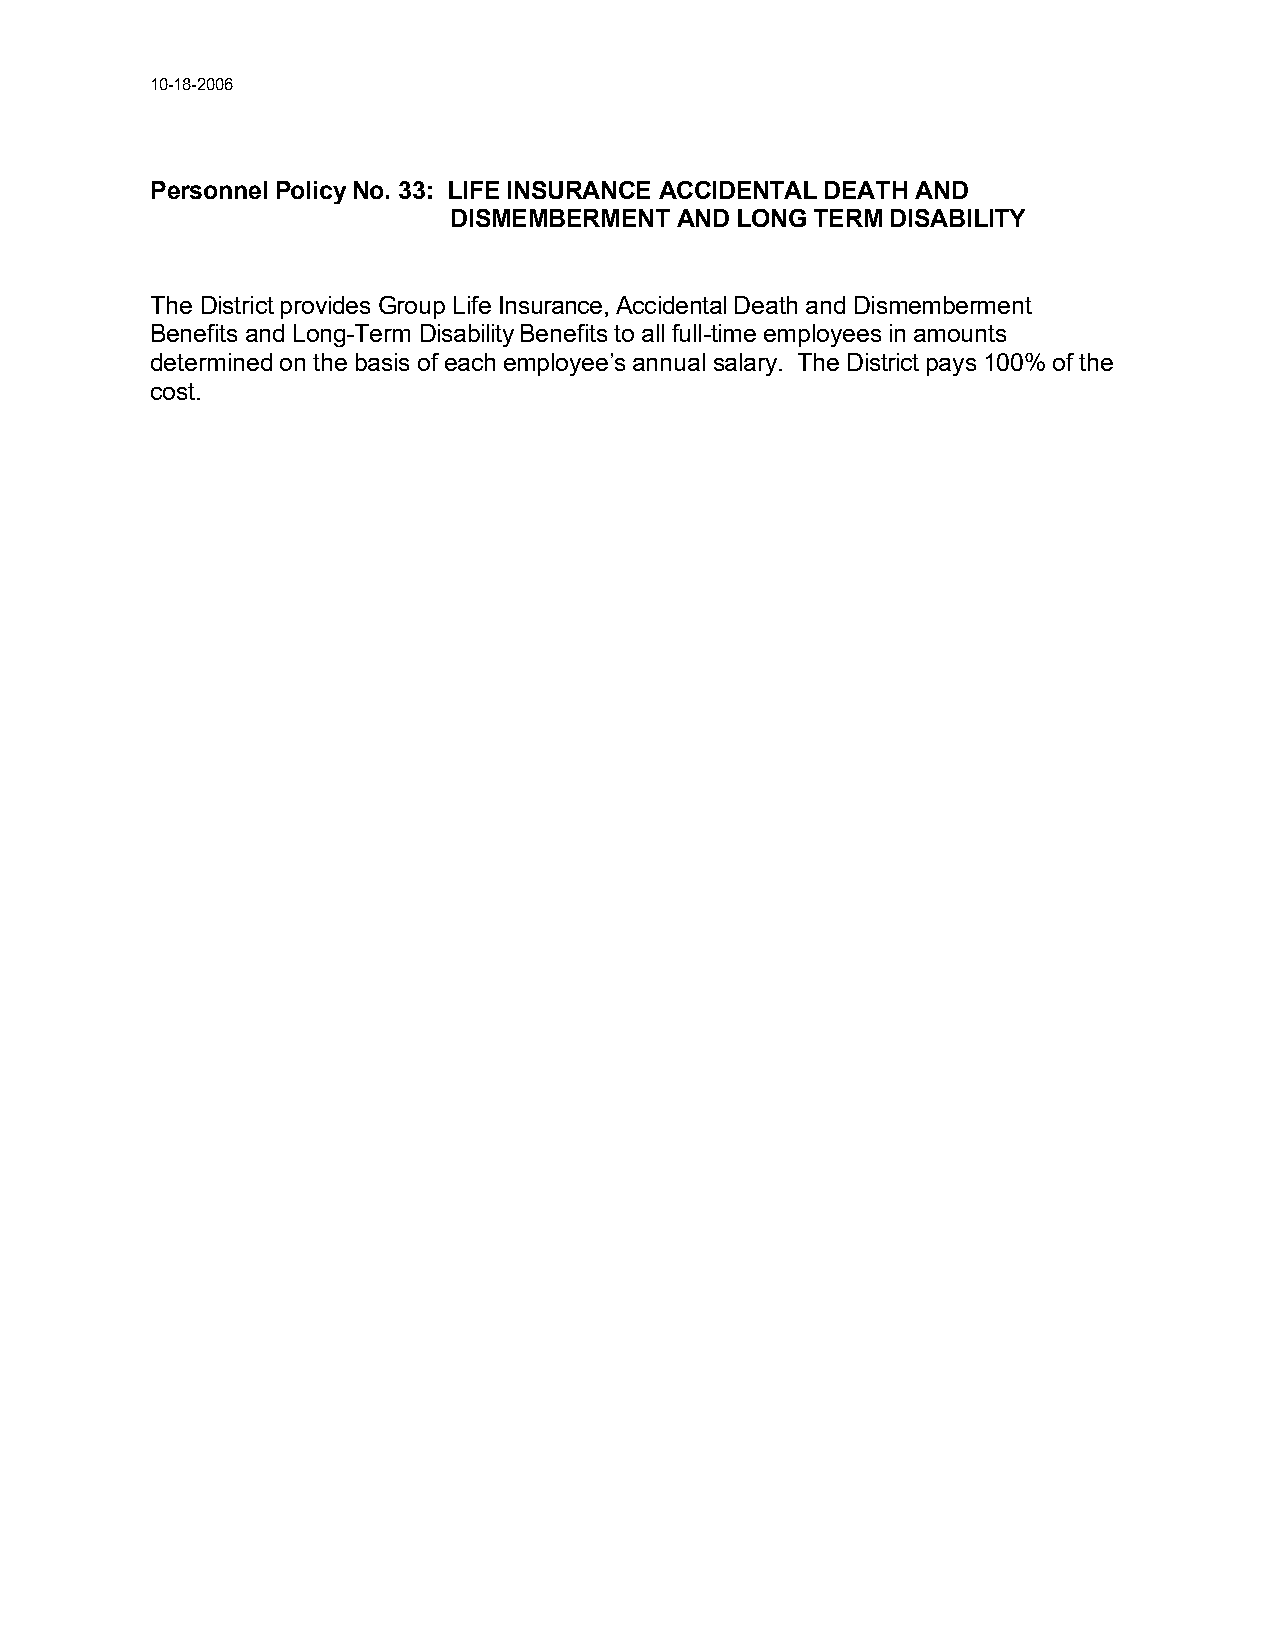
10-18-2006
 Personnel Policy No. 33: LIFE INSURANCE ACCIDENTAL DEATH AND
 DISMEMBERMENT  AND LONG TERM DISABILITY
 The District provides Group Life Insurance, Accidental Death and Dismemberment
 Benefits and Long-Term Disability Benefits to all full-time employees in amounts
 determined on the basis of each employee’s annual salary. The District pays 100% of the
 cost.